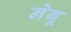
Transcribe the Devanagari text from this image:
नेबू